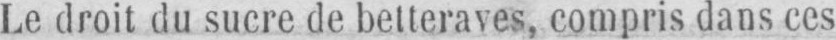
Le droit du sucre de betteraves, compris dans ces